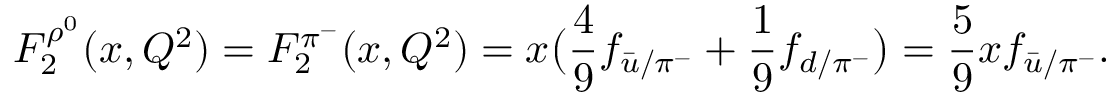
F _ { 2 } ^ { \rho ^ { 0 } } ( x , Q ^ { 2 } ) = F _ { 2 } ^ { \pi ^ { - } } ( x , Q ^ { 2 } ) = x \big ( { \frac { 4 } { 9 } } f _ { { \bar { u } } / \pi ^ { - } } + { \frac { 1 } { 9 } } f _ { d / \pi ^ { - } } \big ) = { \frac { 5 } { 9 } } x f _ { { \bar { u } } / \pi ^ { - } } .